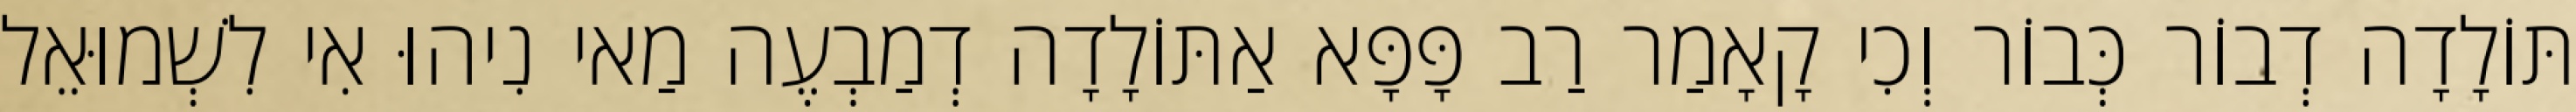
תּוֹלָדָה דְבוֹר כְּבוֹר וְכִי קָאָמַר רַב פָּפָּא אַתּוֹלָדָה דְמַבְעֶה מַאי נִיהוּ אִי לִשְׁמוּאֵל